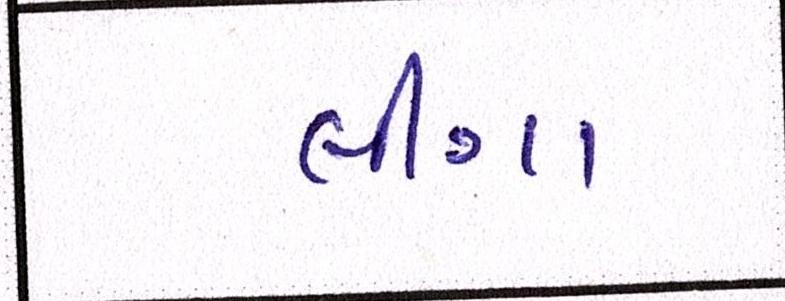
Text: લીગા